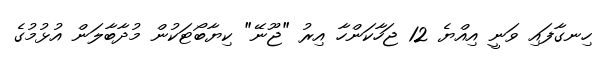
ހިނގާފައި ވަނީ އިއްޔެ 12 ޖަހާކަންހާ އިރު "ޖޫނޭ" ކިޔާބޯޓަކުން މުދާބާލަން އުޅުމުގެ